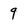
Character: 9